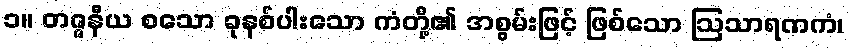
၁။ တဇ္ဇနီယ စသော ခုနစ်ပါးသော ကံတို့၏ အစွမ်းဖြင့် ဖြစ်သော ဩသာရဏကံ၊